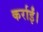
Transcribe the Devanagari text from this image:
कर्राईं।